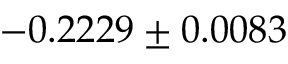
- 0 . 2 2 2 9 \pm 0 . 0 0 8 3